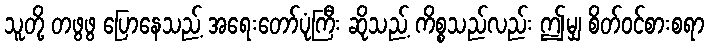
သူတို့ တဖွဖွ ပြောနေသည့် အရေးတော်ပုံကြီး ဆိုသည့် ကိစ္စသည်လည်း ဤမျှ စိတ်ဝင်စားစရာ